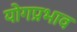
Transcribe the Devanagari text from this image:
योगप्रभाव